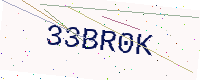
Text: 33BR0K